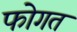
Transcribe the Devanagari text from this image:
फोगत